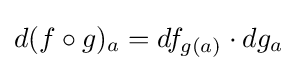
d(f\circ g)_{a}=df_{g(a)}\cdot dg_{a}